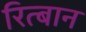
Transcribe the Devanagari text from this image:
रित्बान